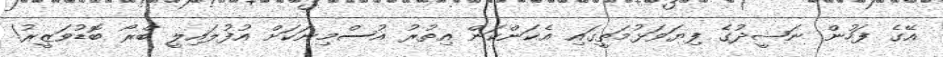
އޭގެ ފަހުން ނަޝީދުގެ ފިޔަވަޅުމަތީގައި އެކަންކަން އިތުރު އުސްމިނަކަށް އުފުލައިލީ ބްރޯ ބޮޑުވަޒީރު!